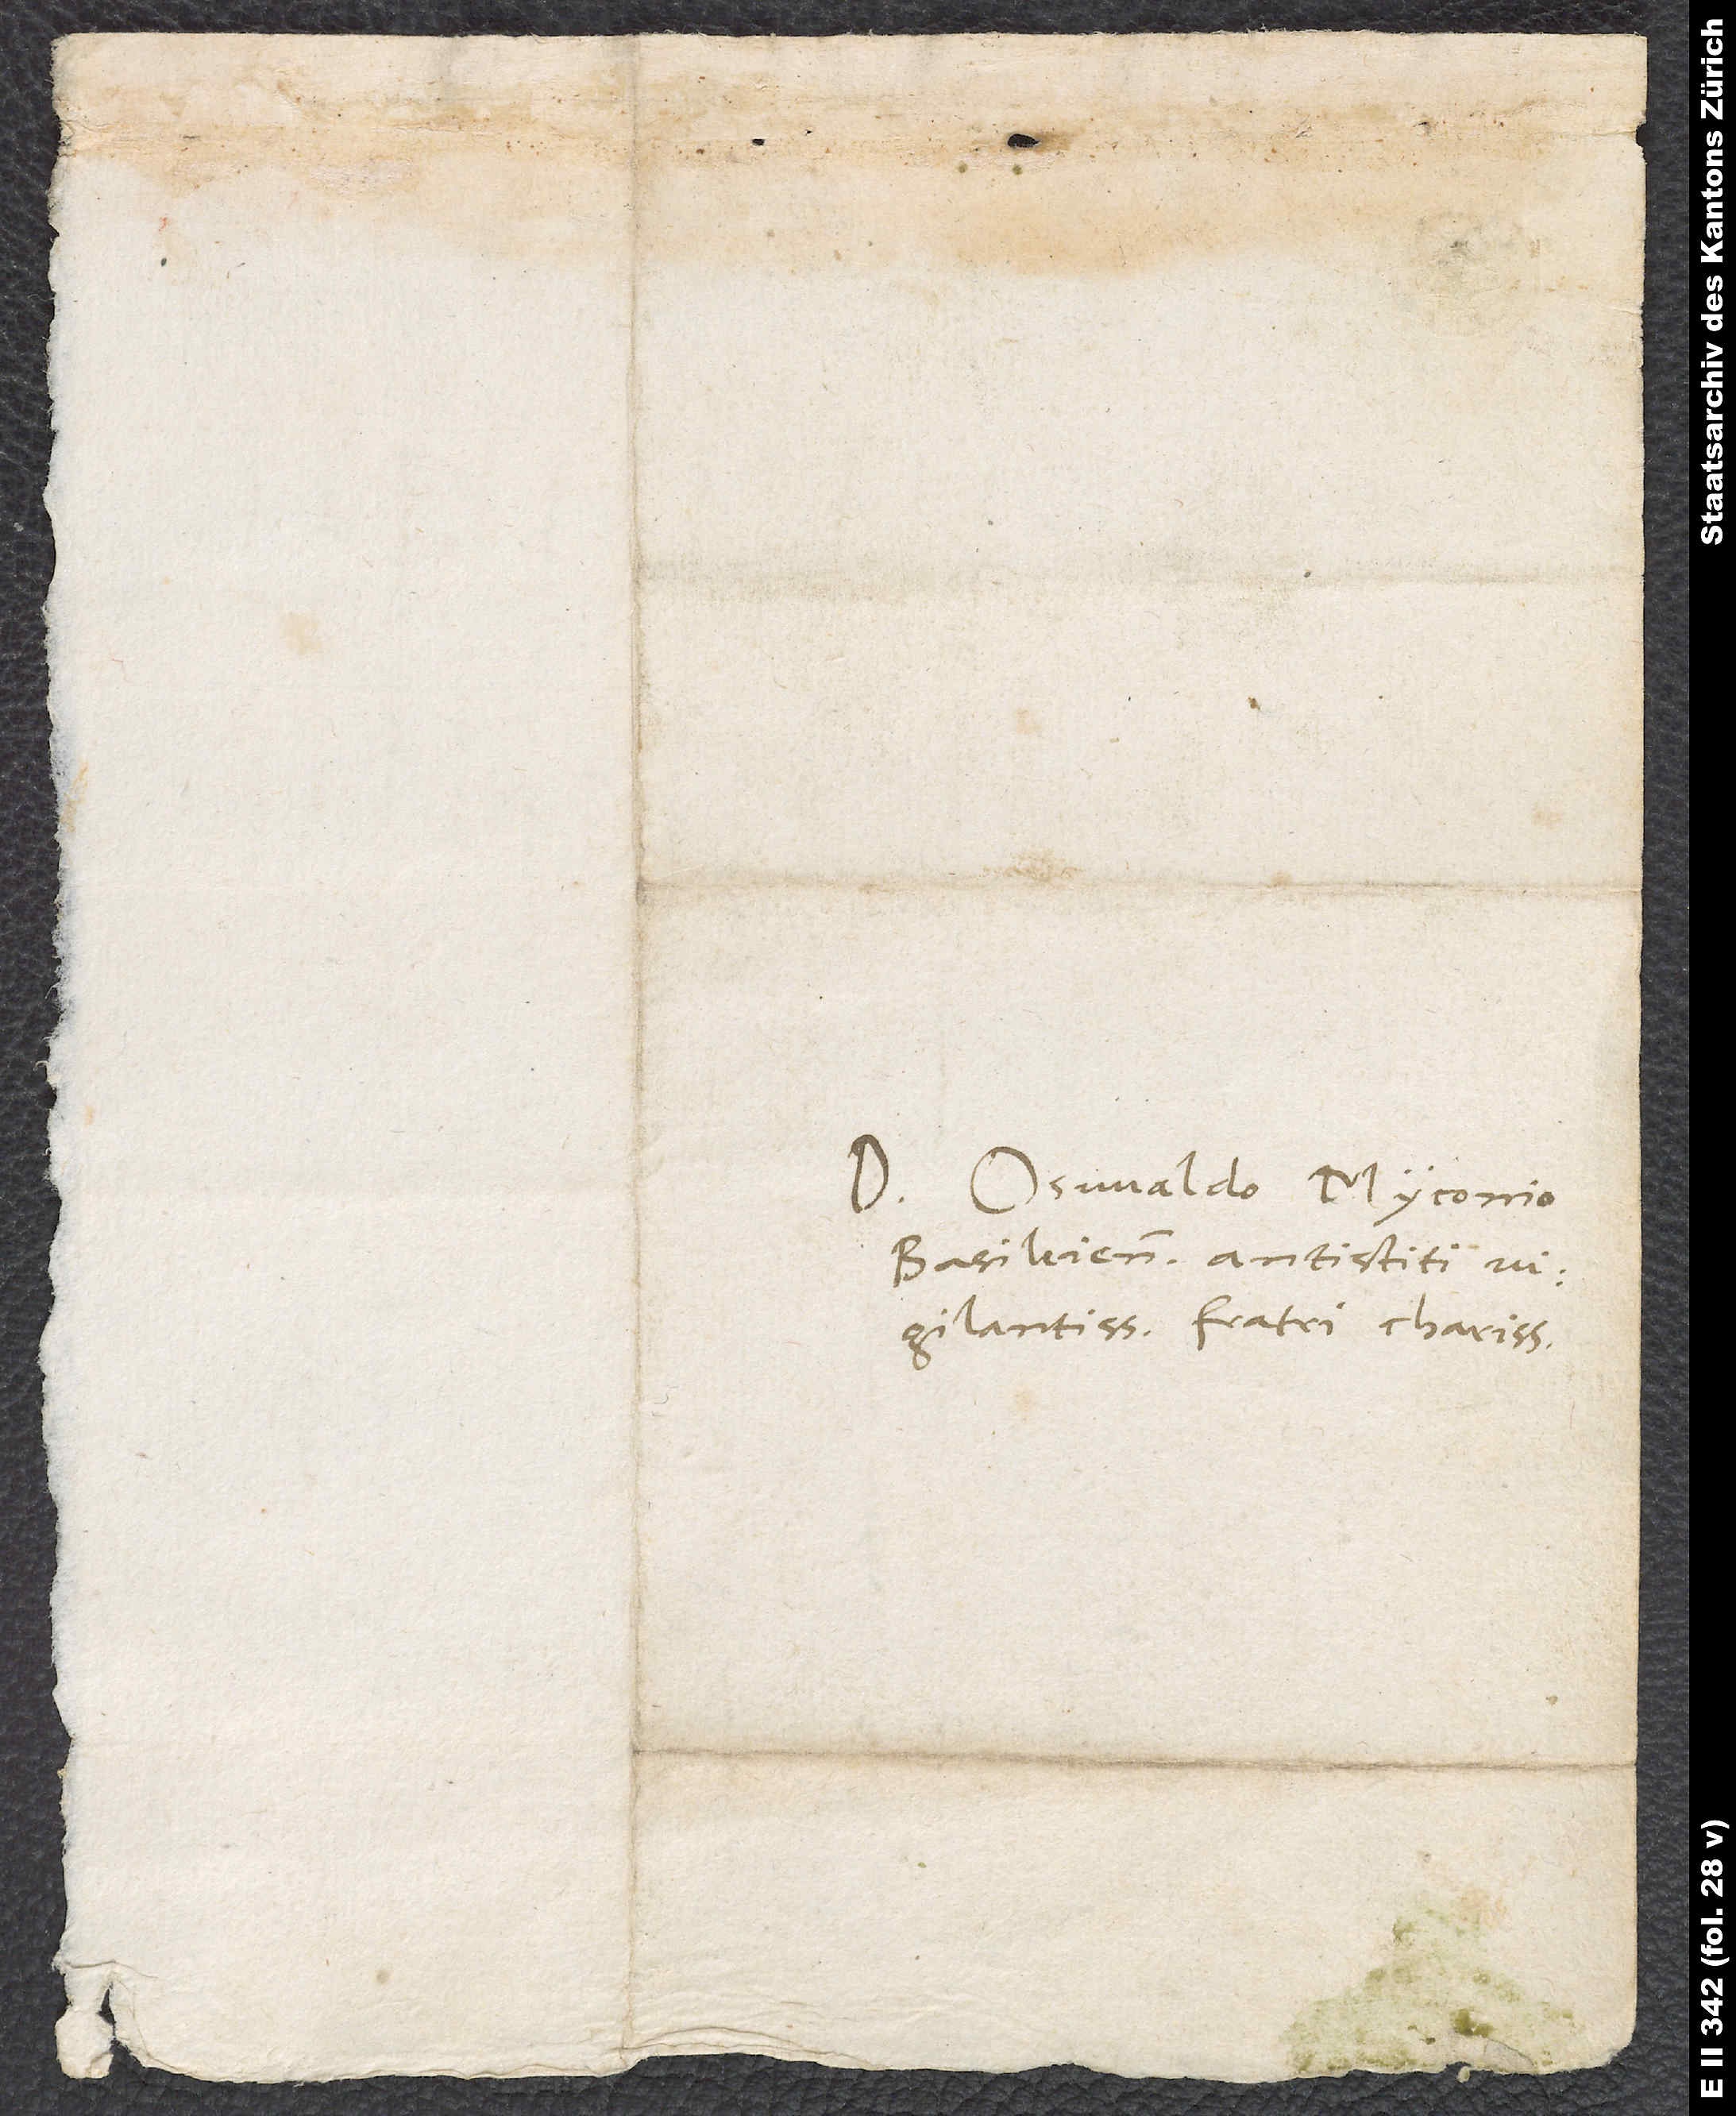
Domino Osvaldo Myconio
Basileiensium antistiti
vigilantissimo, fratri charissimo.